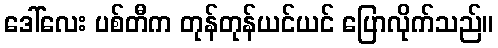
ဒေါ်လေး ပစ်တီက တုန်တုန်ယင်ယင် ပြောလိုက်သည်။